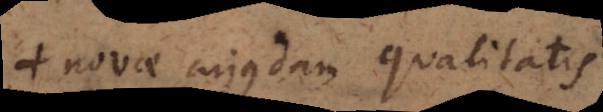
+ novae cujusdam qualitatis